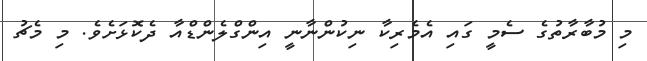
މި މުބާރާތުގެ ސެމީ ގައި އެމެރިކާ ނިކުންނާނީ އިންގްލެންޑްއާ ދެކޮޅަށެވެ. މި މެޗު